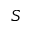
S